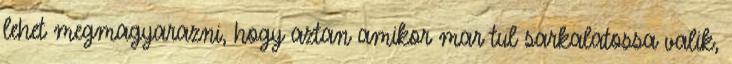
lehet megmagyarazni, hogy aztan amikor mar tul sarkalatossa valik,